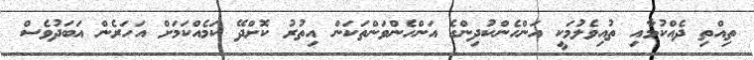
ތިއްތި ދެއްކުމާއި ތުއިވެލުމަކީ އަންހެންކުދިންގެ އަންހެންވަންތަކަން އިތުރު ކޮށްދޭ ކަމެއްކަމަށް އަހަރެން އަބަދުވެސް